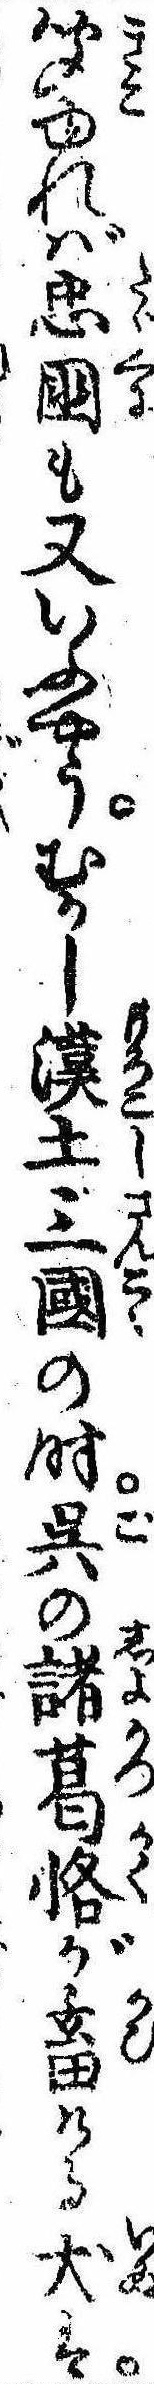
聞ゆれば忠国も又いふやうむかし漢土三国の時呉の諸葛恪が畜ける犬は